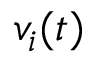
v _ { i } ( t )